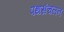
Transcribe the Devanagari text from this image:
पथसंचलन